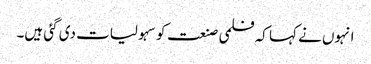
انہوں نے کہا کہ فلمی صنعت کو سہولیات دی گئی ہیں۔